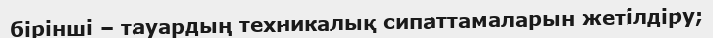
бірінші – тауардың техникалық сипаттамаларын жетілдіру;